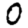
Digit: 0